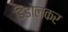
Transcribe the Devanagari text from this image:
डिडोलकर